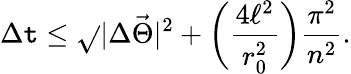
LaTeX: \Delta\mathtt{t}\leq\sqrt{}{{|\Delta\vec{{\Theta}}|^{2}+\biggl(\frac{{4\ell^{2}}}{{r_{0}^{2}}}\biggr)\frac{{\pi^{2}}}{{n^{2}}}}}.